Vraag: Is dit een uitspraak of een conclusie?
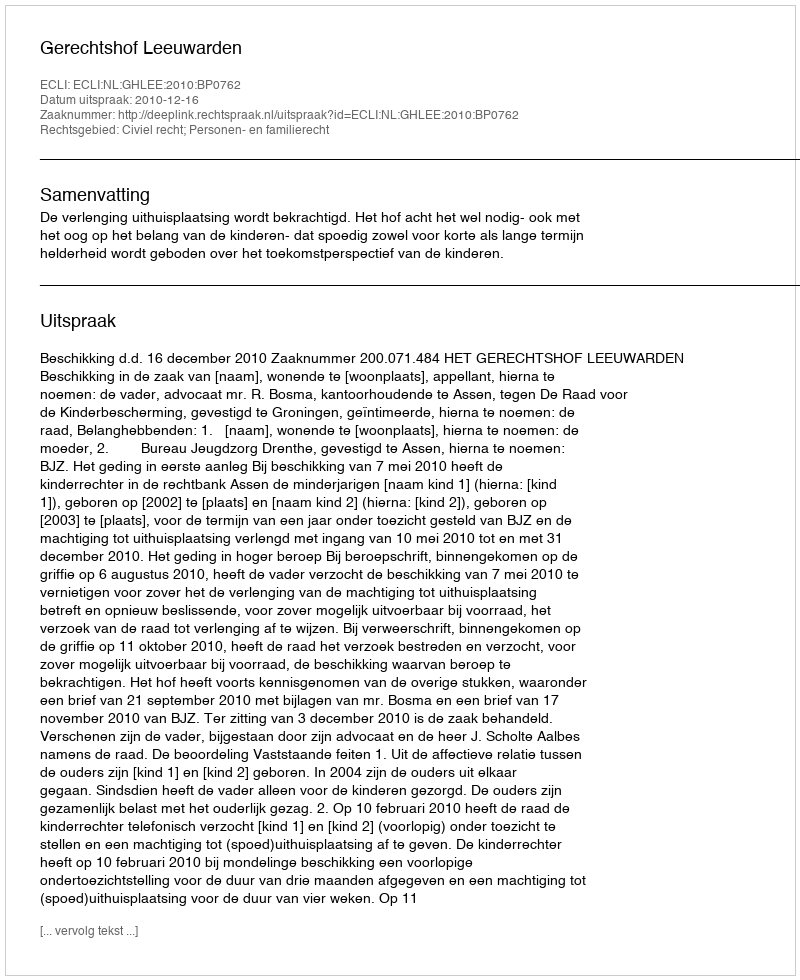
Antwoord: Uitspraak